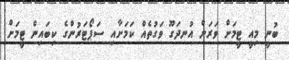
ބުނީ މިއީ ޓީމަށް ވަރަށް އުނދަގޫ ވަގުތެއް ކަމަށާއި ސަޕޯޓަރުންގެ ކިބައިން ޓީމަށް